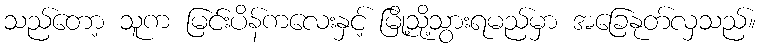
သည်တော့ သူက မြင်းပိန်ကလေးနှင့် မြို့သို့သွားရမည်မှာ အခြေနုတ်လှသည်။